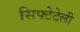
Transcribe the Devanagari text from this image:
सिफ्टेटेली